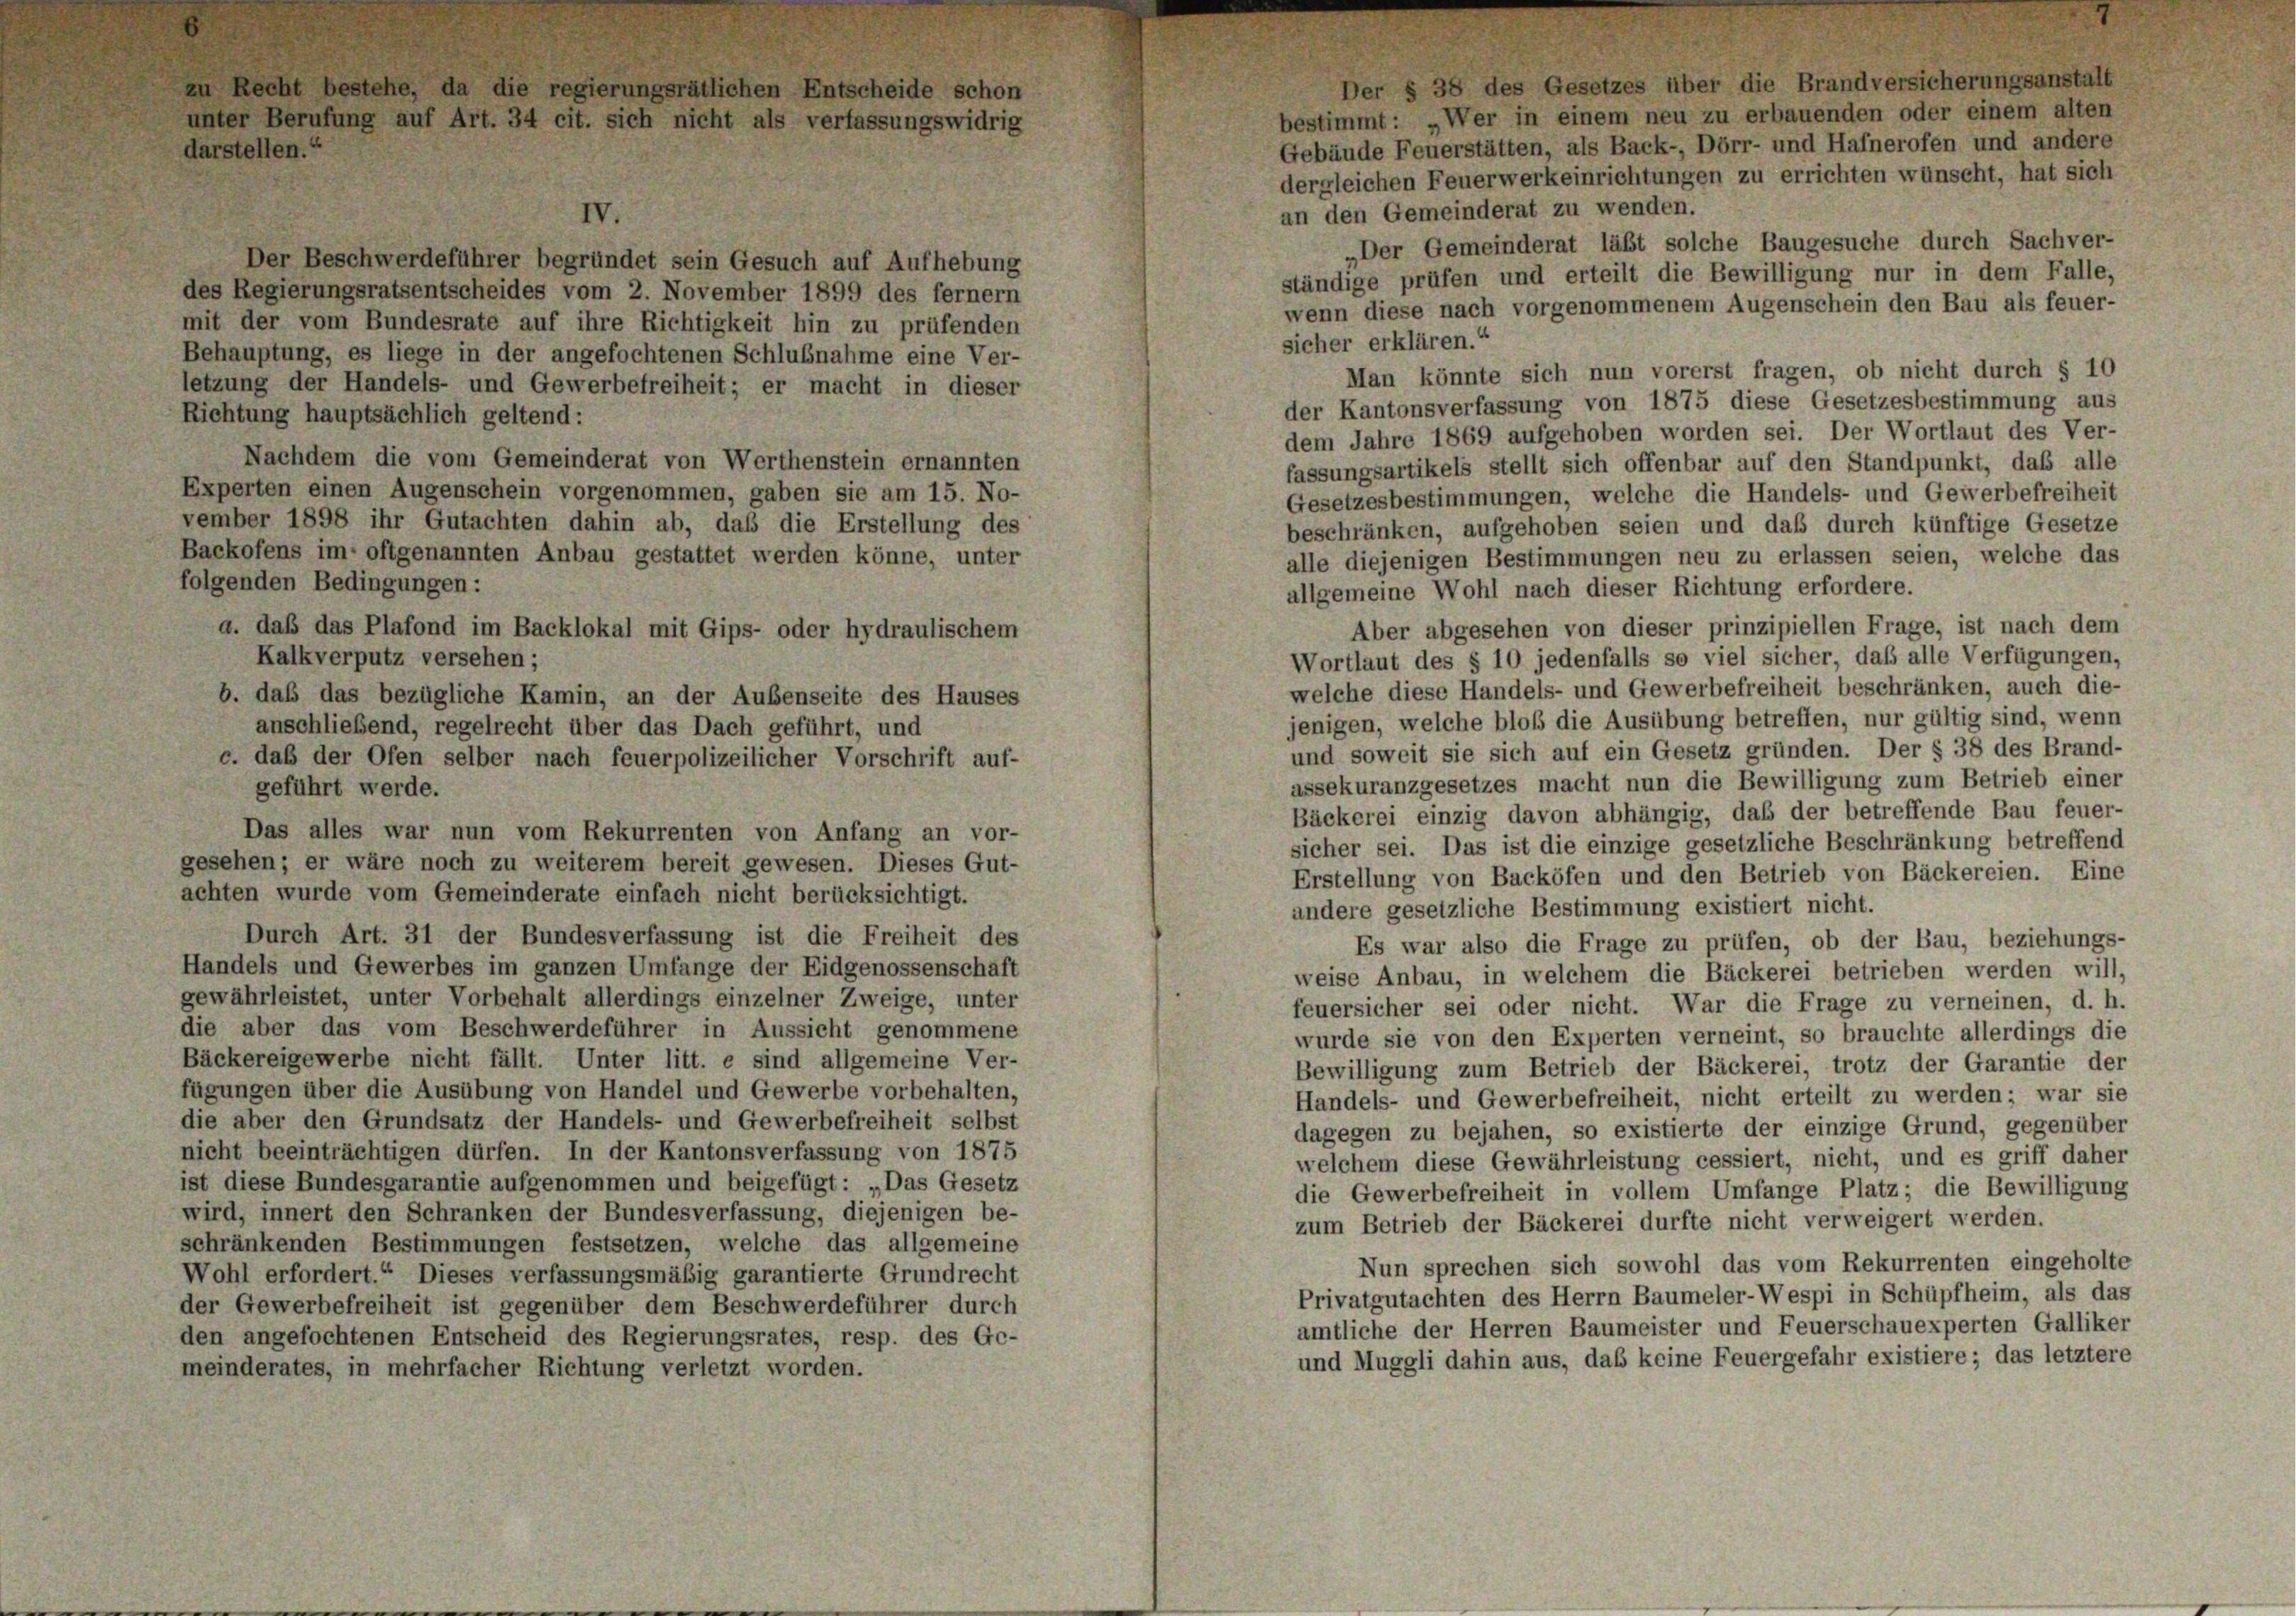
zu Recht bestehe, da die regierungsrätlichen Entscheide schon
unter Berufung auf Art. 34 cit. sich nicht als verfassungswidrig
darstellen.“

Der § 38 des Gesetzes über die Brandversicherungsanstalt
bestimmt: Wer in einem neu zu erbauenden oder einem alten
Gebäude Feuerstätten, als Back-, Dörr- und Hafnerofen und andere
dergleichen Feuerwerkeinrichtungen zu errichten wünscht, hat sich
an den Gemeinderat zu wenden.
„Der Gemeinderat läßt solche Baugesuche durch Sachver-
Der Beschwerdeführer begründet sein Gesuch auf Aufhebung
ständige prüfen und erteilt die Bewilligung nur in dem Falle,
des Regierungsratsentscheides vom 2. November 1899 des fernem
wenn diese nach vorgenommenem Augenschein den Bau als feuer-
mit der vom Bundesrate auf ihre Richtigkeit hin zu prüfenden
sicher erklären.“
Behauptung, es liege in der angefochtenen Schlußnahme eine Ver-
Man könnte sich nun vorerst fragen, ob nicht durch § 10
letzung der Handels- und Gewerbefreiheit; er macht in dieser
der Kantonsverfassung von 1875 diese Gesetzesbestimmung aus
Richtung hauptsächlich geltend:
dem Jahre 1869 aufgehoben worden sei. Der Wortlaut des Ver-
Nachdem die vom Gemeinderat von Werthenstein ernannten
fassungsartikels stellt sich offenbar auf den Standpunkt, daß alle
Experten einen Augenschein vorgenommen, gaben sie am 15. No-
Gesetzesbestimmungen, welche die Handels- und Gewerbefreiheit
vember 1898 ihr Gutachten dahin ab, daß die Erstellung des
beschränken, aufgehoben seien und daß durch künftige Gesetze
Backofens im oftgenannten Anbau gestattet werden könne, unter
alle diejenigen Bestimmungen neu zu erlassen seien, welche das
folgenden Bedingungen:
allgemeine Wohl nach dieser Richtung erfordere.
a. daß das Plafond im Backlokal mit Gips- oder hydraulischem
Aber abgesehen von dieser prinzipiellen Frage, ist nach dem
Kalkverputz versehen;
Wortlaut des § 10 jedenfalls so viel sicher, daß alle Verfügungen,
welche diese Handels- und Gewerbefreiheit beschränken, auch die-
b. daß das bezügliche Kamin, an der Aufenseite des Hauses
jenigen, welche bloß die Ausübung betreffen, nur gültig sind, wenn
anschließend, regelrecht über das Dach geführt, und
und soweit sie sich auf ein Gesetz gründen. Der § 38 des Brand-
c. daß der Ofen selber nach feuerpolizeilicher Vorschrift auf-
assekuranzgesetzes macht nun die Bewilligung zum Betrieb einer
geführt werde.
Bäckerei einzig davon abhängig, daß der betreffende Bau feuer-
Das alles war nun vom Rekurrenten von Anfang an vor-
sicher sei. Das ist die einzige gesetzliche Beschränkung betreffend
gesehen; er wäre noch zu weiterem bereit gewesen. Dieses Gut-
Erstellung von Backöfen und den Betrieb von Bäckereien. Eine
achten wurde vom Gemeinderate einfach nicht berücksichtigt.
andere gesetzliche Bestimmung existiert nicht.
Durch Art. 31 der Bundesverfassung ist die Freiheit des
Es war also die Frage zu prüfen, ob der Bau, beziehungs-
Handels und Gewerbes im ganzen Umfange der Eidgenossenschaft
weise Anbau, in welchem die Bäckerei betrieben werden will,
gewährleistet, unter Vorbehalt allerdings einzelner Zweige, unter
feuersicher sei oder nicht. War die Frage zu verneinen, d. h.
die aber das vom Beschwerdeführer in Aussicht genommene
wurde sie von den Experten verneint, so brauchte allerdings die
Bäckereigewerbe nicht fällt. Unter litt. e sind allgemeine Ver-
Bewilligung zum Betrieb der Bäckerei, trotz der Garantie der
fügungen über die Ausübung von Handel und Gewerbe vorbehalten,
Handels- und Gewerbefreiheit, nicht erteilt zu werden; war sie
die aber den Grundsatz der Handels- und Gewerbefreiheit selbst
dagegen zu bejahen, so existierte der einzige Grund, gegenüber
nicht beeinträchtigen dürfen. In der Kantonsverfassung von 1875
welchem diese Gewährleistung cessiert, nicht, und es griff daher
ist diese Bundesgarantie aufgenommen und beigefügt: „Das Gesetz
die Gewerbefreiheit in vollem Umfange Platz; die Bewilligung
wird, innert den Schranken der Bundesverfassung, diejenigen be-
zum Betrieb der Bäckerei durfte nicht verweigert werden.
schränkenden Bestimmungen festsetzen, welche das allgemeine
Nun sprechen sich sowohl das vom Rekurrenten eingeholte
Wohl erfordert.“ Dieses verfassungsmäßig garantierte Grundrecht
Privatgutachten des Herrn Baumeler-Wespi in Schüpfheim, als das
der Gewerbefreiheit ist gegenüber dem Beschwerdeführer durch
amtliche der Herren Baumeister und Feuerschauexperten Galliker
den angefochtenen Entscheid des Regierungsrates, resp. des Ge-
und Muggli dahin aus, das keine Feuergefahr existiere; das letztere
meinderates, in mehrfacher Richtung verletzt worden.